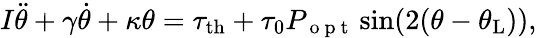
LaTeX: I\ddot{\theta}+\gamma\dot{\theta}+\kappa\theta=\tau_{\mathrm{{th}}}+\tau_{0}P_{\mathrm{~o~p~t~}}\sin(2(\theta-\theta_{\mathrm{{L}}})),